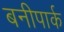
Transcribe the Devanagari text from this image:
बनीपार्क